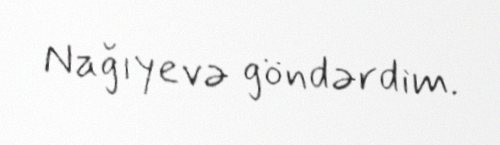
Nağıyevə göndərdim.